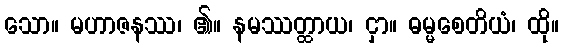
သော။ မဟာဇနဿ၊ ၏။ နမဿတ္ထာယ၊ ငှာ။ ဓမ္မစေတိယံ၊ ထို။